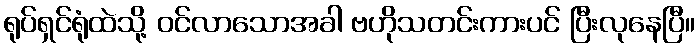
ရုပ်ရှင်ရုံထဲသို့ ဝင်လာသောအခါ ဗဟိုသတင်းကားပင် ပြီးလုနေပြီ။